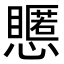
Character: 𢤃